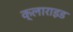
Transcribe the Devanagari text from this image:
क्लाराइड